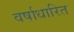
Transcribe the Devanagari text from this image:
वर्षाधारित